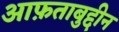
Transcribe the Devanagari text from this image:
आफ़ताबुद्दीन